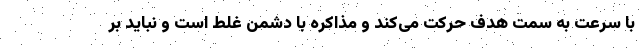
با سرعت به سمت هدف حرکت می‌کند و مذاکره با دشمن غلط است و نباید بر